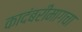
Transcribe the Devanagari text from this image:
कादंबरीमागचा